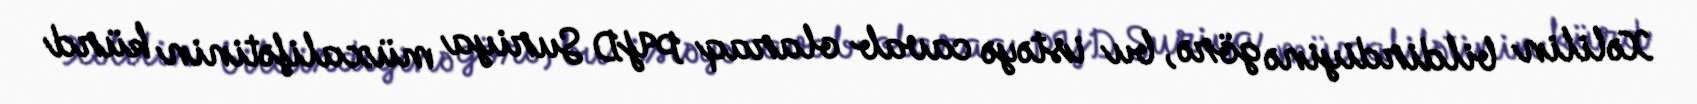
Xəlilin bildirdiyinə görə, bu istəyə cavab olaraq PYD Suriya müxalifətinin kürd